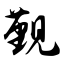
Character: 觐